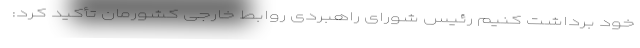
خود برداشت کنیم رئیس شورای راهبردی روابط خارجی کشورمان تأکید کرد: